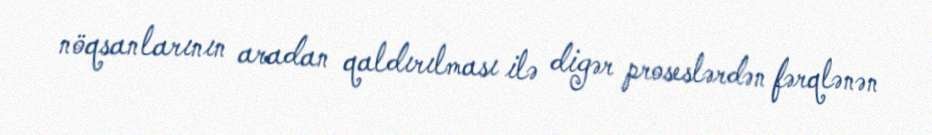
nöqsanlarının aradan qaldırılması ilə digər proseslərdən fərqlənən